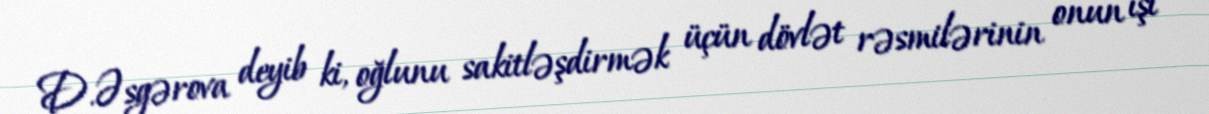
D.Əsgərova deyib ki, oğlunu sakitləşdirmək üçün dövlət rəsmilərinin onun işi